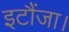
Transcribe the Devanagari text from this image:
इटौंजा।